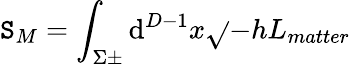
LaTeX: \mathtt{S}_{M}=\int_{\Sigma\pm}\mathrm{d}^{D-1}x\sqrt{}{{-h}}L_{matter}